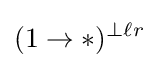
(1\to *)^{\perp \ell r}